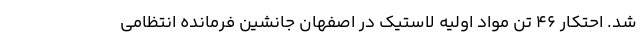
شد. احتکار 46 تُن مواد اولیه لاستیک در اصفهان جانشین فرمانده انتظامی